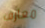
معارف